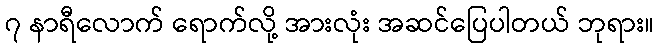
၇ နာရီလောက် ရောက်လို့ အားလုံး အဆင်ပြေပါတယ် ဘုရား။